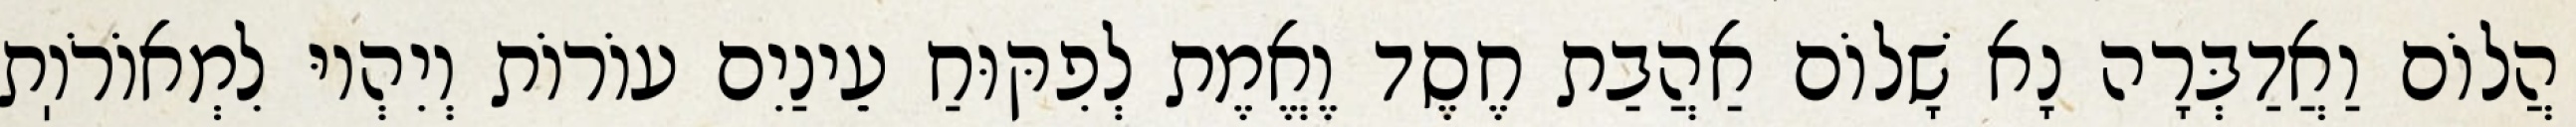
הֲלוֹם וַאֲדַבְּרָה נָא שָׁלוֹם אַהֲבַת חֶסֶד וֶאֱמֶת לְפִקּוּחַ עֵינַיִם עוֹרוֹת וְיִהְיוּ לִמְאוֹרֹוֽת